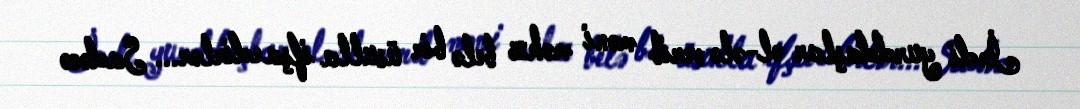
İndi yurddaşlar əl-ələ verib məni məhz belə bir üsulla ifşa edirlər... Sadəcə